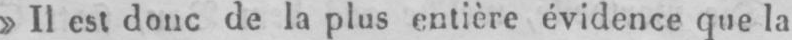
»Il est donc de la plus entière évidence que la